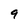
Character: 9